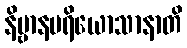
နိဗ္ဗာနပရိယောသာနာတိ